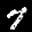
Label: 7